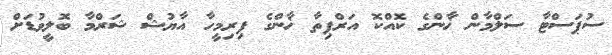
ސުޕަސްޓާ ސަލްމާން ޚާންގެ ކޮއްކޮ އަރްޕިތާ ޚާންގެ ފިރިމީހާ އާޔުޝް ޝަރްމާ ބޮލީވުޑަށް